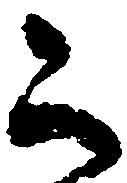
被